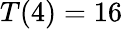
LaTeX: T(4)=16